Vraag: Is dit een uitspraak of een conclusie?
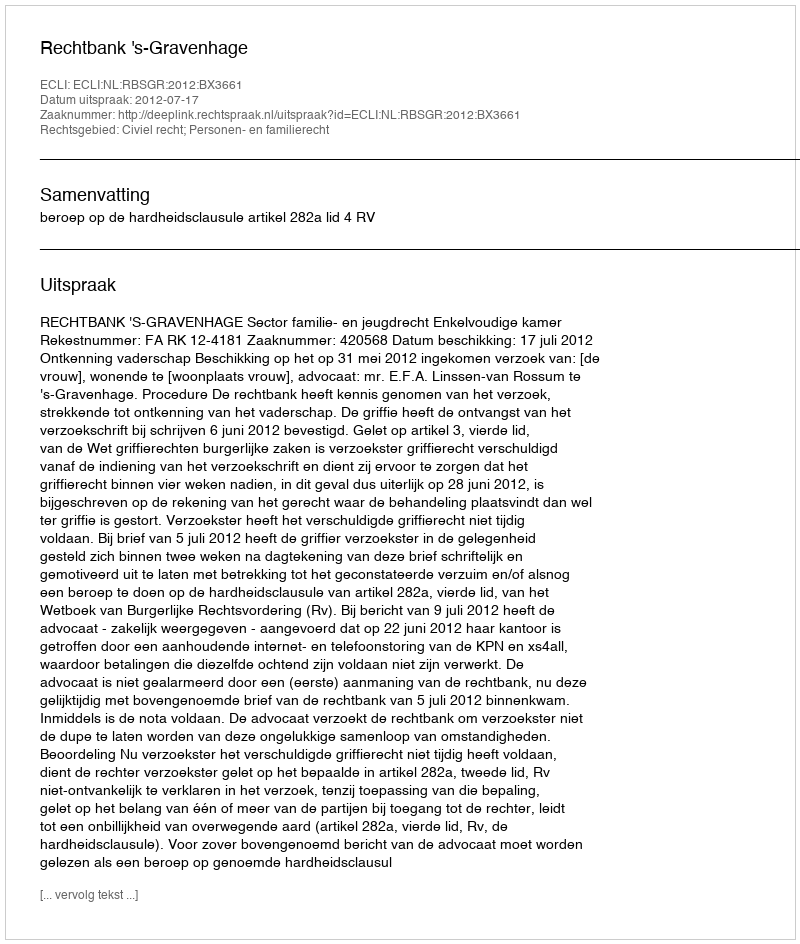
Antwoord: Uitspraak